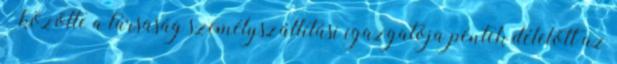
– közölte a társaság személyszállítási igazgatója péntek délelőtt az